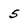
Character: 5